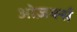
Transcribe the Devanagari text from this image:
ओज़र्क्स